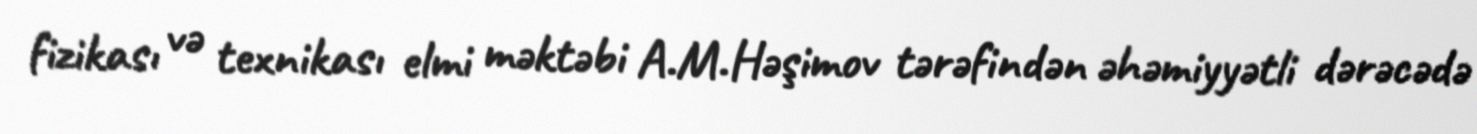
fizikası və texnikası elmi məktəbi A.M.Həşimov tərəfindən əhəmiyyətli dərəcədə